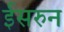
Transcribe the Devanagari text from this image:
ईसरुन